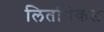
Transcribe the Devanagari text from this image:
लितर्गिकल